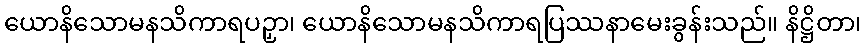
ယောနိသောမနသိကာရပဉှာ၊ ယောနိသောမနသိကာရပြဿနာမေးခွန်းသည်။ နိဋ္ဌိတာ၊